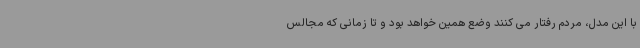
با این مدل، مردم رفتار می کنند وضع همین خواهد بود و تا زمانی که مجالس